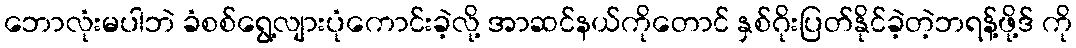
ဘောလုံးမပါဘဲ ခံစစ်ရွေ့လျားပုံကောင်းခဲ့လို့ အာဆင်နယ်ကိုတောင် နှစ်ဂိုးပြတ်နိုင်ခဲ့တဲ့ဘရန့်ဖို့ဒ် ကို